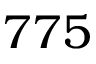
7 7 5